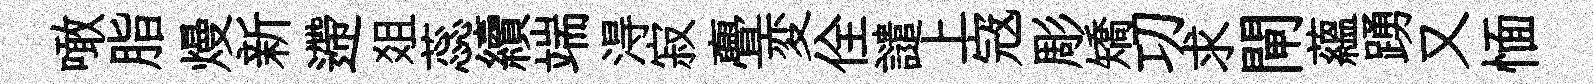
噉脂熳新遰爼蕊續端淂寂亹変佺譴上𡨥彫矯㓛求閘藴踴又愐